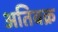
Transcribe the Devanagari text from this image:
अतिबक्र